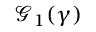
\mathcal { G } _ { 1 } ( \gamma )